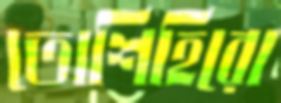
তোশিহিরো